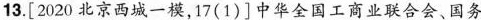
13.[2020北京西城一模，17(1)]中华全国工商业联合会、国务